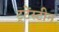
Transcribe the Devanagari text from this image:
टूटेंस्टीन